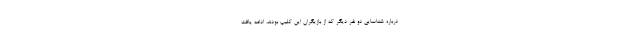
درباره شناسایی دو نفر دیگر که از بازیگران این کلیپ بودند، ادامه یافت